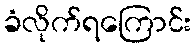
ခံလိုက်ရကြောင်း